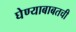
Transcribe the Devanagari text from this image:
घेण्याबाबतची